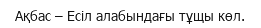
Ақбас – Есіл алабындағы тұщы көл.